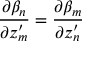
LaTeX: \frac { \partial \beta _ { n } } { \partial z _ { m } ^ { \prime } } = \frac { \partial \beta _ { m } } { \partial z _ { n } ^ { \prime } }